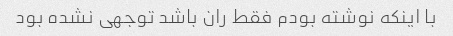
با اینکه نوشته بودم فقط ران باشد توجهی نشده بود